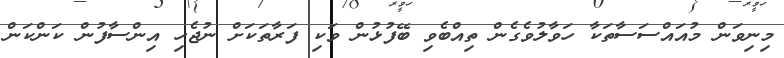
މިނިވަން މުއައްސަސާތަކާ ހަވާލުވެގެން ތިއްބެވި ބޭފުޅުން ވަކި ފަރާތަކަށް ނުޖެހި އިންސާފުން ކަންކަން